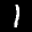
Label: 1